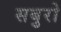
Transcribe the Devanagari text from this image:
सबुरो